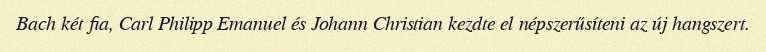
Bach két fia, Carl Philipp Emanuel és Johann Christian kezdte el népszerűsíteni az új hangszert.